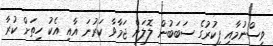
ވިސްނުމާއި ފިކުރުގެ ސަބަބުން ލޮލަށް ޖަމާވާ ކަރުނަ އާއި އެކު ހިތަށް ކުރާ